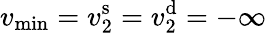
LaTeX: v_{\operatorname*{min}}=v_{2}^{\mathrm{s}}=v_{2}^{\mathrm{d}}=-\infty